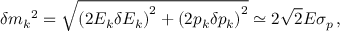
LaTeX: \delta { m _ { k } } ^ { 2 } = \sqrt { \left( 2 E _ { k } \delta { E _ { k } } \right) ^ { 2 } + \left( 2 p _ { k } \delta { p _ { k } } \right) ^ { 2 } } \simeq 2 \sqrt { 2 } E \sigma _ { p } \, ,